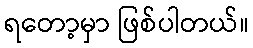
ရတော့မှာ ဖြစ်ပါတယ်။